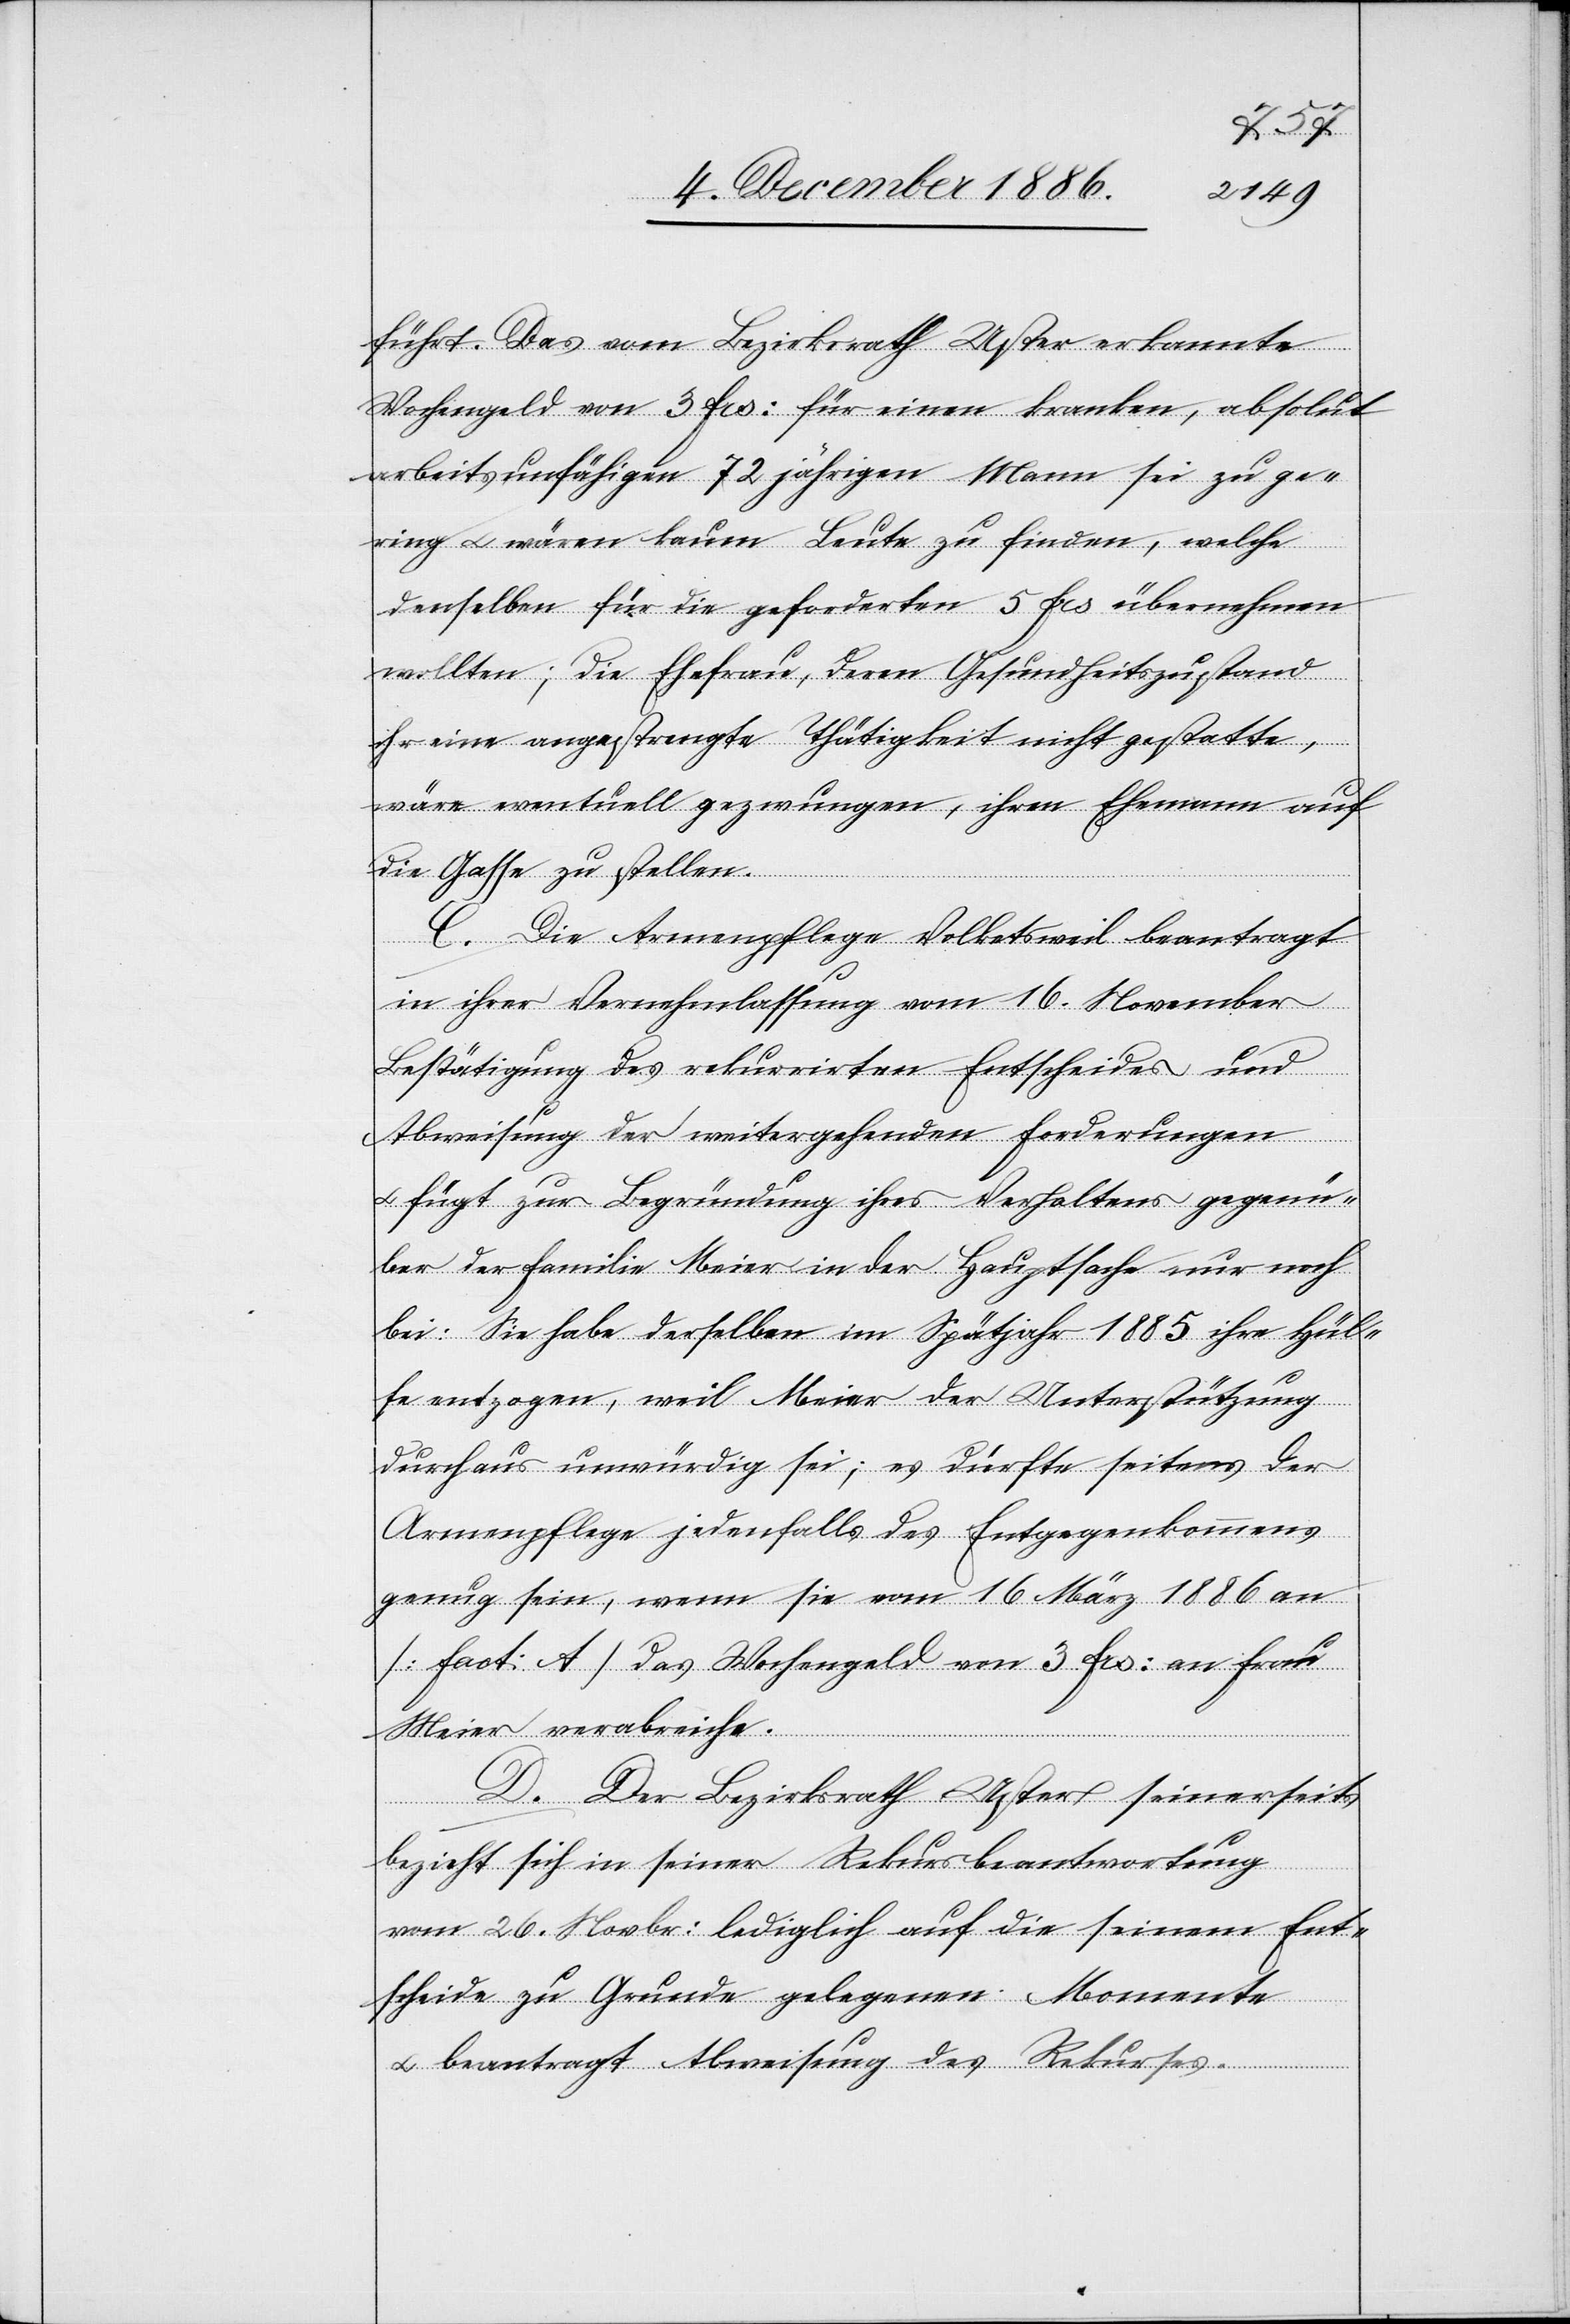
führt: Das vom Bezirksrath Uster erkannte
Wochengeld von 3 Frs. für einen kranken, absolut
arbeitsunfähigen 72jährigen Mann sei zu ger¬
ing & wären kaum Leute zu finden, welche
denselben für die geforderten 5 Frs. übernehmen
wollten; die Ehefrau, deren Gesundheitszustand
ihr eine angestrengte Thätigkeit nicht gestatte,
wäre eventuell gezwungen, ihren Ehemann auf
die Gasse zu stellen.
C. Die Armenpflege Volketsweil beantragt
in ihrer Vernehmlassung vom 16. November
Bestätigung des rekurrirten Entscheides und
Abweisung der weitergehenden Forderungen
& fügt zur Begründung ihres Verhaltens gegenü¬
ber der Familie Meier in der Hauptsache nur noch
bei: Sie habe derselben im Spätjahr 1885 ihre Hül¬
fe entzogen, weil Meier der Unterstützung
durchaus unwürdig sei; es dürfte seitens der
Armenpflege jedenfalls des Entgegenkommens
genug sein, wenn sie vom 16. März 1886 an
[Fact. A] das Wochengeld von 3 Frs. an Frau
Meier verabreiche.
D. Der Bezirksrath Uster seinerseits
bezieht sich in seiner Rekursbeantwortung
vom 26. Novbr. lediglich auf die seinem Ent¬
scheide zu Grunde gelegenen Momente
& beantragt Abweisung des Rekurses.